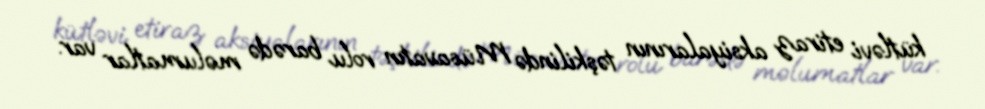
kütləvi etiraz aksiyalarının təşkilində Müsavatın rolu barədə məlumatlar var.